Indian journal of veterinary science and animal husbandry - Volume 8,
Year: 1938
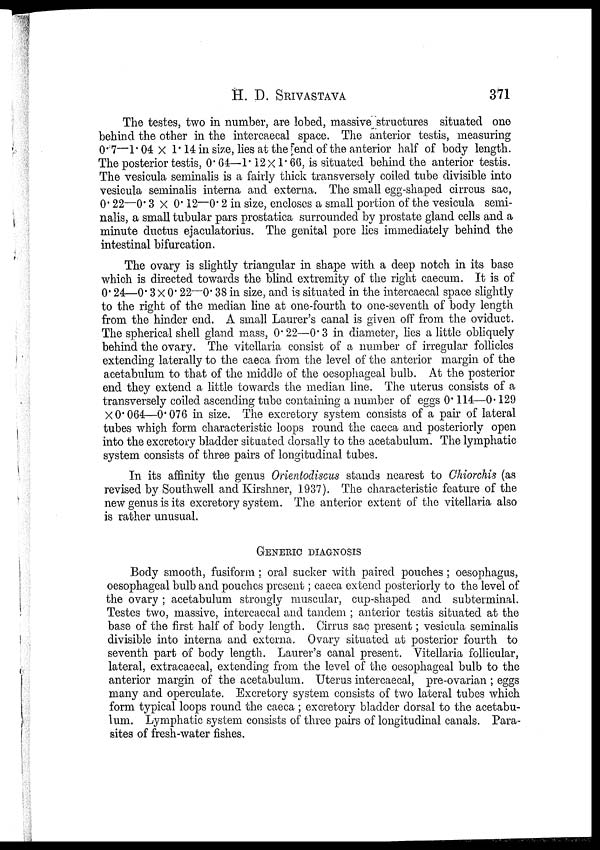
H. D.
SRIVASTAVA
371
The testes, two in number, are lobed, massive structures situated one
behind the other in the intercaecal space. The anterior testis, measuring
0.7—1.04 × 1.14 in size, lies at the end of the anterior half of body length.
The posterior testis, 0.64—1.12× 1.66, is situated behind the anterior testis.
The vesicula seminalis is a fairly thick transversely coiled tube divisible into
vesicula seminalis interna and externa. The small egg-shaped cirrcus sac,
0.22—0.3×0.12—0.2 in size, encloses a small portion of the vesicula semi-
nalis, a small tubular pars prostatica surrounded by prostate gland cells and a
minute ductus ejaculatorius. The genital pore lies immediately behind the
intestinal bifurcation.
The ovary is slightly triangular in shape with a deep notch in its base
which is directed towards the blind extremity of the right caecum. It is of
0.24—0.3×0.22—0.38 in size, and is situated in the intercaecal space slightly
to the right of the median line at one-fourth to one-seventh of body length
from the hinder end. A small Laurer's canal is given off from the oviduct.
The spherical shell gland mass, 0.22—0.3 in diameter, lies a little obliquely
behind the ovary. The vitellaria consist of a number of irregular follicles
extending laterally to the caeca from the level of the anterior margin of the
acetabulum to that of the middle of the oesophageal bulb. At the posterior
end they extend a little towards the median line. The uterus consists of a
transversely coiled ascending tube containing a number of eggs 0.114—0.129
×0.064—0.076 in size. The excretory system consists of a pair of lateral
tubes which form characteristic loops round the caeca and posteriorly open
into the excretory bladder situated dorsally to the acetabulum. The lymphatic
system consists of three pairs of longitudinal tubes.
In its affinity the genus Orientodiscus stands nearest to Chiorchis (as
revised by Southwell and Kirshner, 1937). The characteristic feature of the
new genus is its excretory system. The anterior extent of the vitellaria also
is rather unusual.
GENERIC DIAGNOSIS
Body smooth, fusiform ; oral sucker with paired pouches; oesophagus,
oesophageal bulb and pouches present; caeca extend posteriorly to the level of
the ovary ; acetabulum strongly muscular, cup-shaped and subterminal.
Testes two, massive, intercaecal and tandem ; anterior testis situated at the
base of the first half of body length. Cirrus sac present; vesicula seminalis
divisible into interna and externa. Ovary situated at posterior fourth to
seventh part of body length. Laurer's canal present. Vitellaria follicular,
lateral, extracaecal, extending from the level of the oesophageal bulb to the
anterior margin of the acetabulum. Uterus intercaecal, pre-ovarian ; eggs
many and operculate. Excretory system consists of two lateral tubes which
form typical loops round the caeca ; excretory bladder dorsal to the acetabu-
lum. Lymphatic system consists of three pairs of longitudinal canals. Para-
sites of fresh-water fishes.